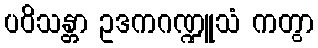
ပဝိသန္တာ ဥဒကဂဏ္ဍူသံ ကတွာ